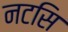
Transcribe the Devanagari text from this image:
नटसि